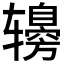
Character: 𰺤